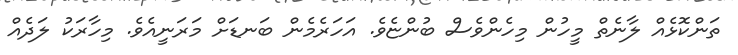
ތަންކޮޅެއް ލާނެތް މީހުން މިހެންވެސް ބުންޏެވެ. އަހަރެމެން ބަނޑަށް މަރަނީއެވެ. މިހާރަކު ލަދެއް